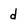
Character: d